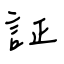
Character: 証